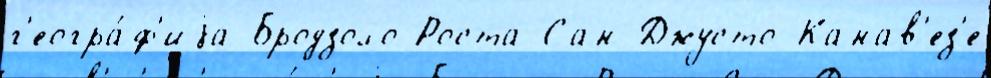
г'еогра́ф'иjа Бродзоло Роста Сан-Джусто-Канав'ез'е